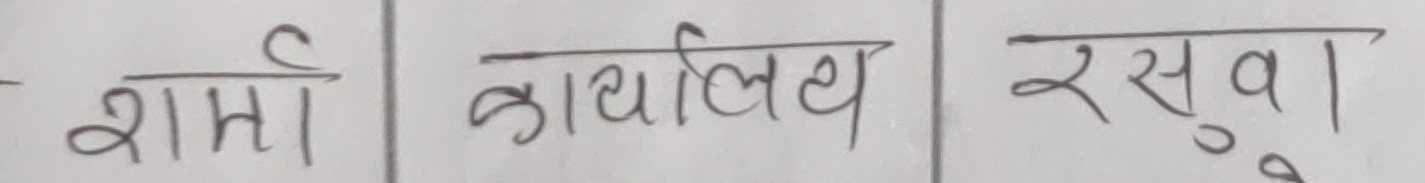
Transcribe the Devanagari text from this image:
शर्मी कार्यालय रसुवा